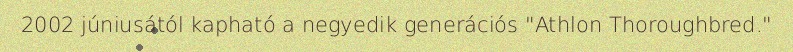
2002 júniusától kapható a negyedik generációs "Athlon Thoroughbred."